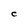
Character: C